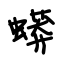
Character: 蟒